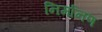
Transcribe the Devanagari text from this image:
निर्मानण